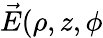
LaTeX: {\vec{E}}(\rho,z,\phi